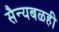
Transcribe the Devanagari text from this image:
सैन्यबळही